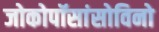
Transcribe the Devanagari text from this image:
जोकोपॉसांसोविनो